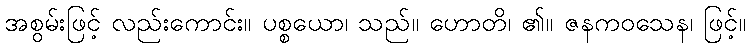
အစွမ်းဖြင့် လည်းကောင်း။ ပစ္စယော၊ သည်။ ဟောတိ၊ ၏။ ဇနကဝသေန၊ ဖြင့်။